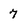
Character: 7